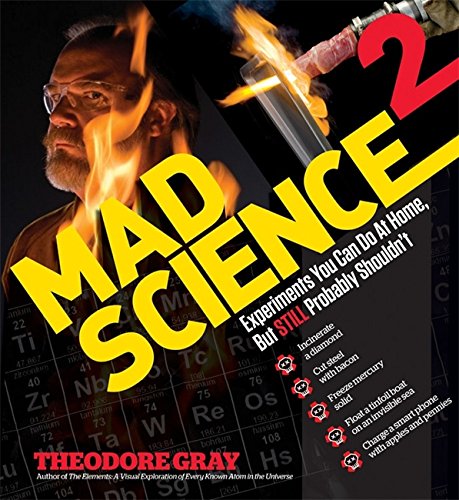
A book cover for Mad Science 2: Experiments You Can Do At Home, But STILL Probably Shouldn't; Theodore Gray; Science & Math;